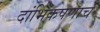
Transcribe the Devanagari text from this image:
दांभिकपणाचे